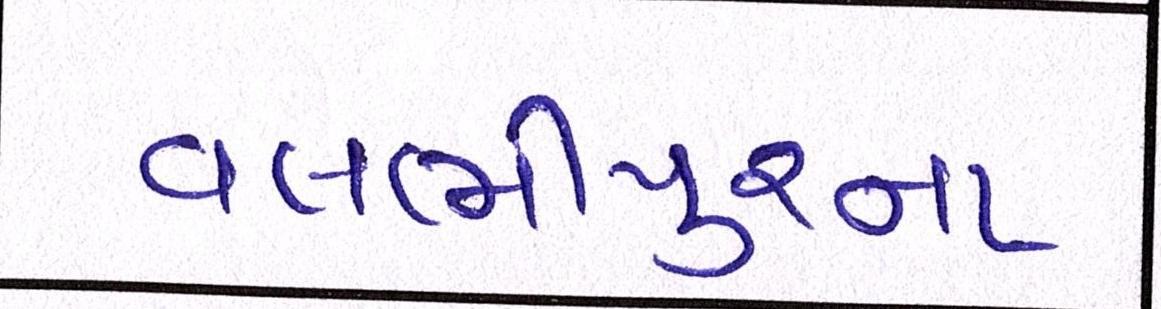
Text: વલભીપુરના